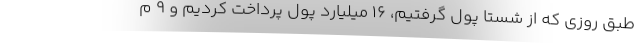
طبق روزی که از شستا پول گرفتیم، 16 میلیارد پول پرداخت کردیم و 9 م